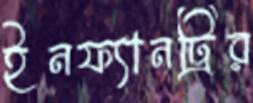
ইনফ্যানট্রির